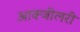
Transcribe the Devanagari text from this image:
आक्जीलरी